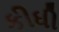
કીધી